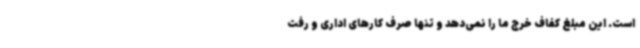
است. این مبلغ کفاف خرج ما را نمی‌دهد و تنها صرف کارهای اداری و رفت